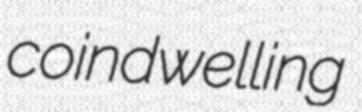
coindwelling